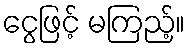
ငွေဖြင့် မကြည့်။